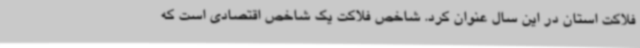
فلاکت استان در این سال عنوان کرد. شاخص فلاکت یک شاخص اقتصادی است که